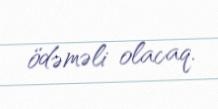
ödəməli olacaq.